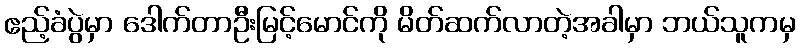
ဧည့်ခံပွဲမှာ ဒေါက်တာဦးမြင့်မောင်ကို မိတ်ဆက်လာတဲ့အခါမှာ ဘယ်သူကမှ